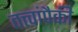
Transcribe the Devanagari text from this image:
तत्त्वांपैकी